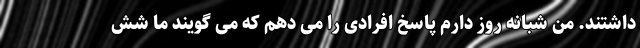
داشتند. من شبانه روز دارم پاسخ افرادی را می دهم که می گویند ما شش